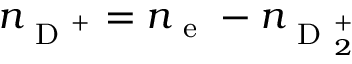
n _ { \mathrm { ~ D ~ } ^ { + } } = n _ { \mathrm { ~ e ~ } } - n _ { \mathrm { ~ D ~ } _ { 2 } ^ { + } }